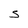
Character: S